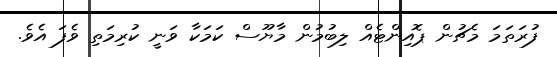
ފުރަތަމަ މެޗުން ޕޮއިންޓެއް ލިބުމުން މާޔޫސް ކަމަކާ ވަނީ ކުރިމަތި ވެފަ އެވެ.